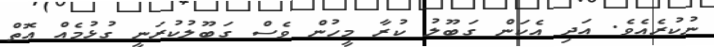
ނުކުރެއެވެ. އަދި އެކަން ގަބޫލު ކުރާ މީހުން ވެސް ގަބޫލުކުރަނީ ގުޅުމެއް އޮތް